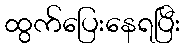
ထွက်ပြေးနေရပြီး